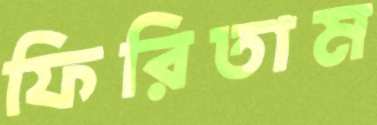
ফিরিতাম